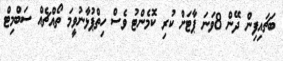
ބަޗައިފިން ދޭން 8ވަނަ ޕާޓަށް ކުރި ކޮމެންޓު ވެސް ހިތްޕުޅާނުވީމަ ތޯއްޗެއް ސަބްމިޓް